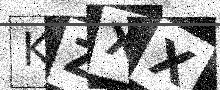
Text: KZXX